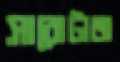
সাবোটাজ